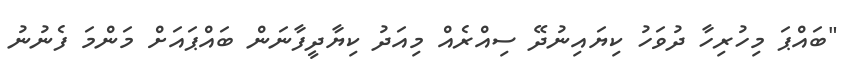
"ބައްޕަ މިހުރިހާ ދުވަހު ކިޔައިނުދޭ ސިއްރެއް މިއަދު ކިޔާދީފާނަން ބައްޕައަށް މަންމަ ފެނުނު